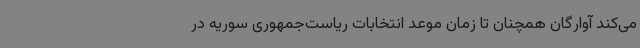
می‌کند آوارگان همچنان تا زمان موعد انتخابات ریاست‌جمهوری سوریه در